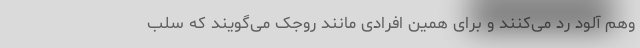
وهم آلود رد می‌کنند و برای همین افرادی مانند روجک می‌گویند که سلب